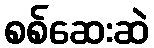
စစ်ဆေးဆဲ